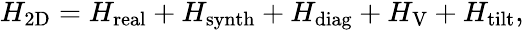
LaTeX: \begin{array}{r}{H_{\mathrm{{2D}}}=H_{\mathrm{{real}}}+H_{\mathrm{{synth}}}+H_{\mathrm{{diag}}}+H_{\mathrm{{V}}}+H_{\mathrm{{tilt}}},}\end{array}